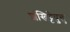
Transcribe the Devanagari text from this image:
शंखिट्टेषु़त्तु